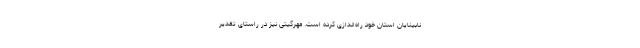
نابینایان استان خود راه‌اندازی کرده است. مهرگیتی نیز در راستای تقدیر